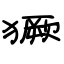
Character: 獗